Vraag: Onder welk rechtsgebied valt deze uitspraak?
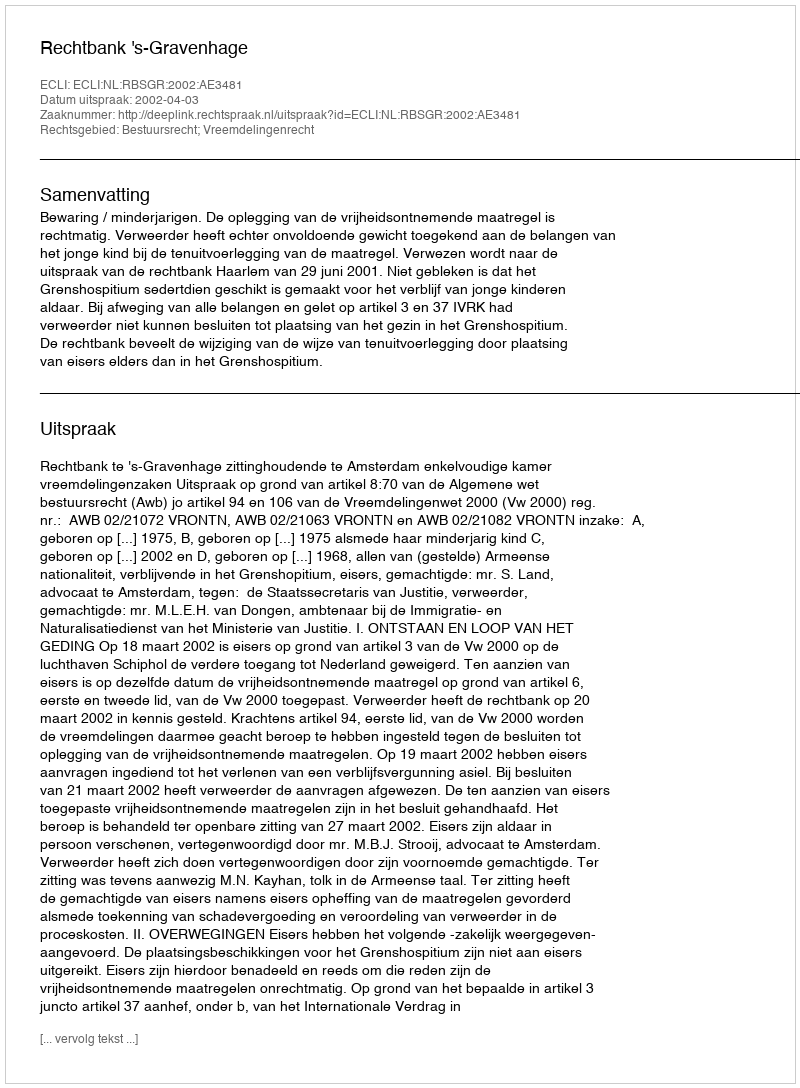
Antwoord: Bestuursrecht; Vreemdelingenrecht